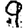
Digit: 9